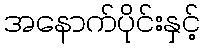
အနောက်ပိုင်းနှင့်